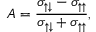
{ \cal A } = \displaystyle \frac { \sigma _ { \uparrow \downarrow } - \sigma _ { \uparrow \uparrow } } { \sigma _ { \uparrow \downarrow } + \sigma _ { \uparrow \uparrow } } ,